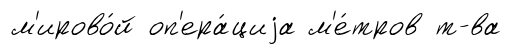
м'ирово́й оп'ера́циjа м'е́тров т-ва